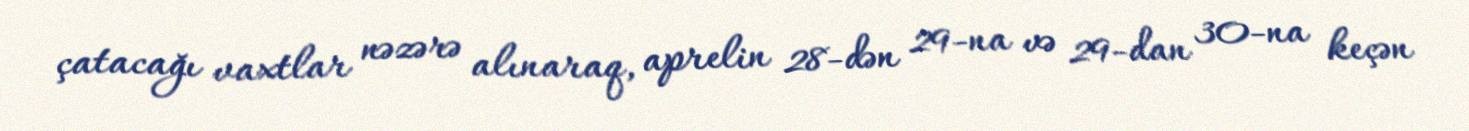
çatacağı vaxtlar nəzərə alınaraq, aprelin 28-dən 29-na və 29-dan 30-na keçən